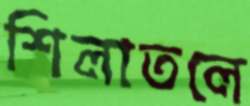
শিলাতলে